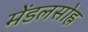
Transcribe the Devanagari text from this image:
मेंडलसोह्न